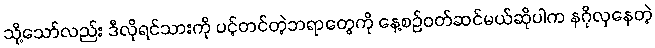
သို့သော်လည်း ဒီလိုရင်သားကို ပင့်တင်တဲ့ဘရာတွေကို နေ့စဉ်ဝတ်ဆင်မယ်ဆိုပါက နဂိုလှနေတဲ့